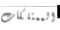
الممتلكات